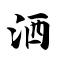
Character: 洒